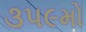
૩૫૯મો